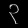
Digit: ၃